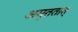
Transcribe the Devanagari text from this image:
अमृततात्